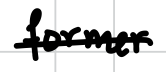
Text: former
Cross-out: single-line
Writing tool: digital_black